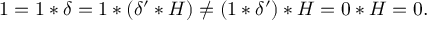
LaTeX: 1 = 1 \ast \delta = 1 \ast ( \delta ^ { \prime } \ast H ) \neq ( 1 \ast \delta ^ { \prime } ) \ast H = 0 \ast H = 0 .